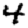
Digit: 4